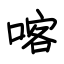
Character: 喀